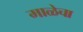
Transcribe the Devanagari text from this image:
माळेचा